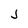
Character: j